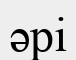
әрі